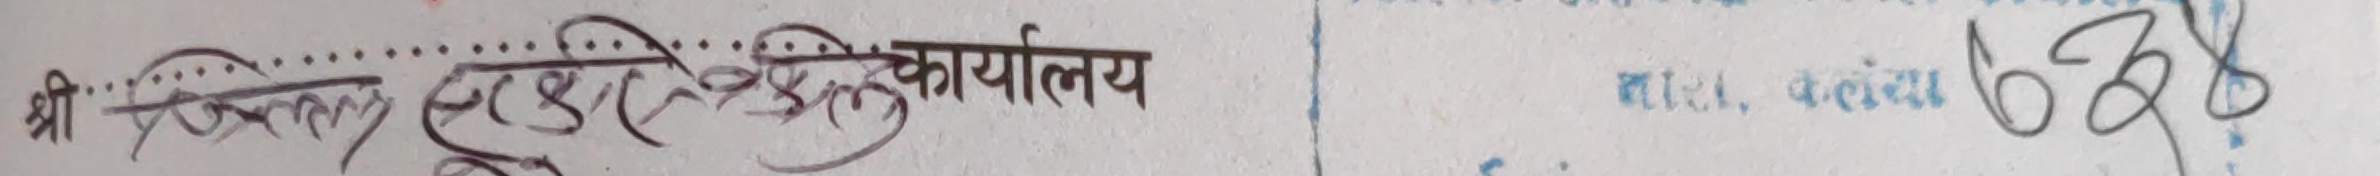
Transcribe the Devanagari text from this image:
श्री जिल्ला सहकारी कार्यालय | सा. रा. क. संख्या 638